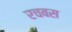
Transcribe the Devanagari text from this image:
रचबस